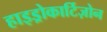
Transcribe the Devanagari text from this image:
हाइड्रोकार्टिज़ोन